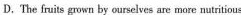
D.The fnits gown by ourselves ang moe mtritious